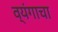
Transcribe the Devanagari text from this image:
व्यंगाचा